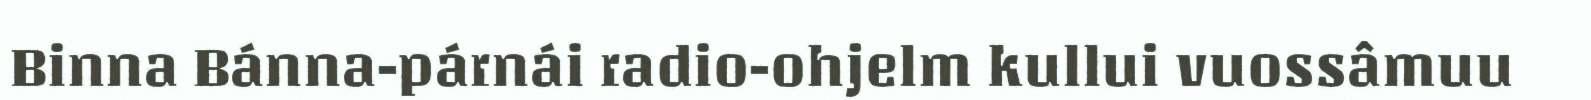
Binna Bánna-párnái radio-ohjelm kullui vuossâmuu